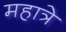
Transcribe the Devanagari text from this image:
महात्रे